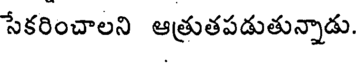
సేకరించాలని ఆత్రుతపడుతున్నాడు.